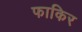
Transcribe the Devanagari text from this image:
फाकिर